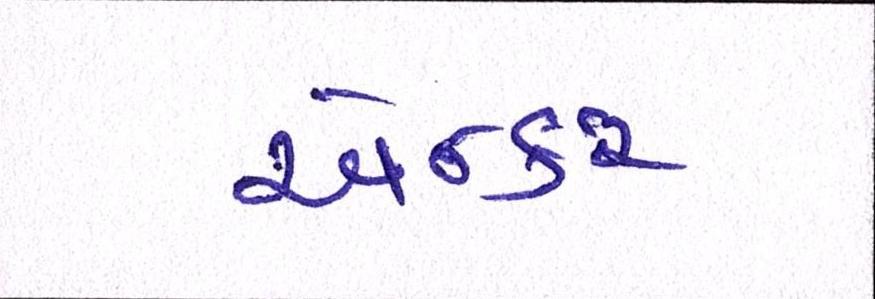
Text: એન્કર